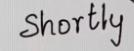
Shortly